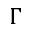
\boldsymbol { \Gamma }